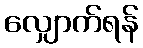
လျှောက်ရန်